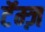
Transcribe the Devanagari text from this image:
टॅम्ज़